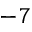
^ { - 7 }